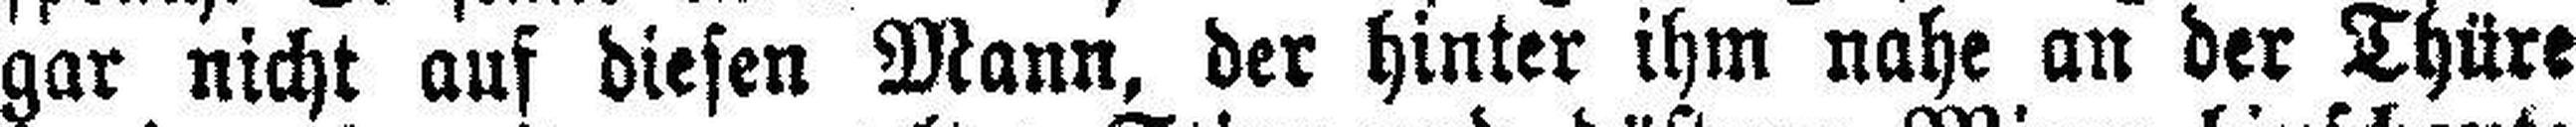
gar nicht auf diesen Mann, der hinter ihm nahe an der Thüre